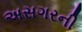
અસગરની